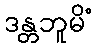
ဒန္တဘူမိံ